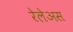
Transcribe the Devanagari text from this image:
रेलेअस